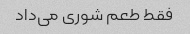
فقط طعم شوری می‌داد